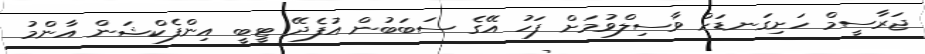
ޖަރާސީމް ހަށިގަނޑަށް ވާސިލްވުމަށް ފަހު އޭގެ ސަބަބުން އުފެދޭ ޓީބީ އިންފެކްޝަން އާންމު